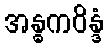
အန္ဓကဝိန္ဒံ